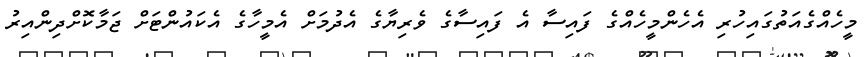
މީހެއްގެއަތުގައިހުރި އެހެންމީހެއްގެ ފައިސާ އެ ފައިސާގެ ވެރިޔާގެ އެދުމަށް އެމީހާގެ އެކައުންޓަށް ޖަމާކޮށްދިންއިރު